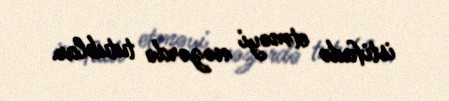
istifadə etməyi nəzərdə tutublar.